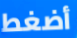
أضغط